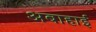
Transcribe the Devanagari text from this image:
अबाहाई